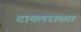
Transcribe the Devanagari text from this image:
टायलराच्या